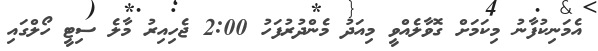
އެމަނިކުފާނު މިކަމަށް ގޮވާލެއްވީ މިއަދު މެންދުރުފަހު 2:00 ޖެހިއިރު މާލެ ސިޓީ ހޯލްގައި